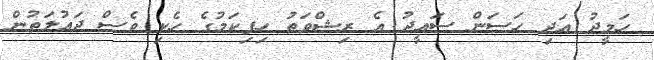
ހަމީދު އަދި ހަސަން ސައީދު އެ ރިޝްވަތު ހިފިކަމުގެ ހެކި ވެސް ދައުލަތުން